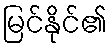
မြင်နိုင်၏